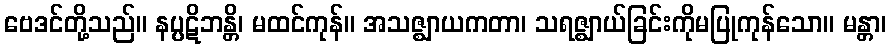
ဗေဒင်တို့သည်။ နပ္ပဋိဘန္တိ၊ မထင်ကုန်။ အသဇ္ဈာယကတာ၊ သရဇ္ဈာယ်ခြင်းကိုမပြုကုန်သော။ မန္တာ၊